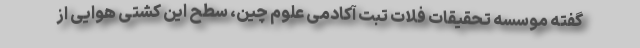
گفته موسسه تحقیقات فلات تبت آکادمی علوم چین، سطح این کشتی هوایی از